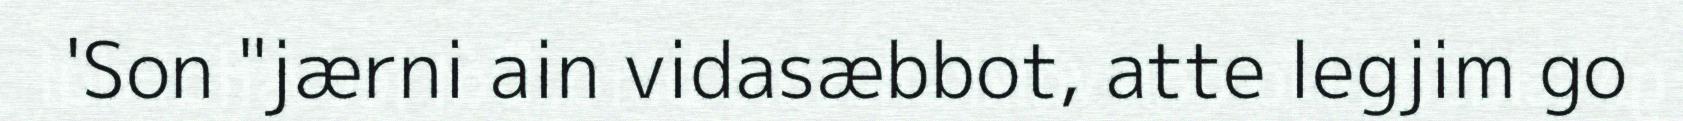
'Son "jærni ain vidasæbbot, atte legjim go